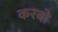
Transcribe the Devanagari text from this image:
करबो